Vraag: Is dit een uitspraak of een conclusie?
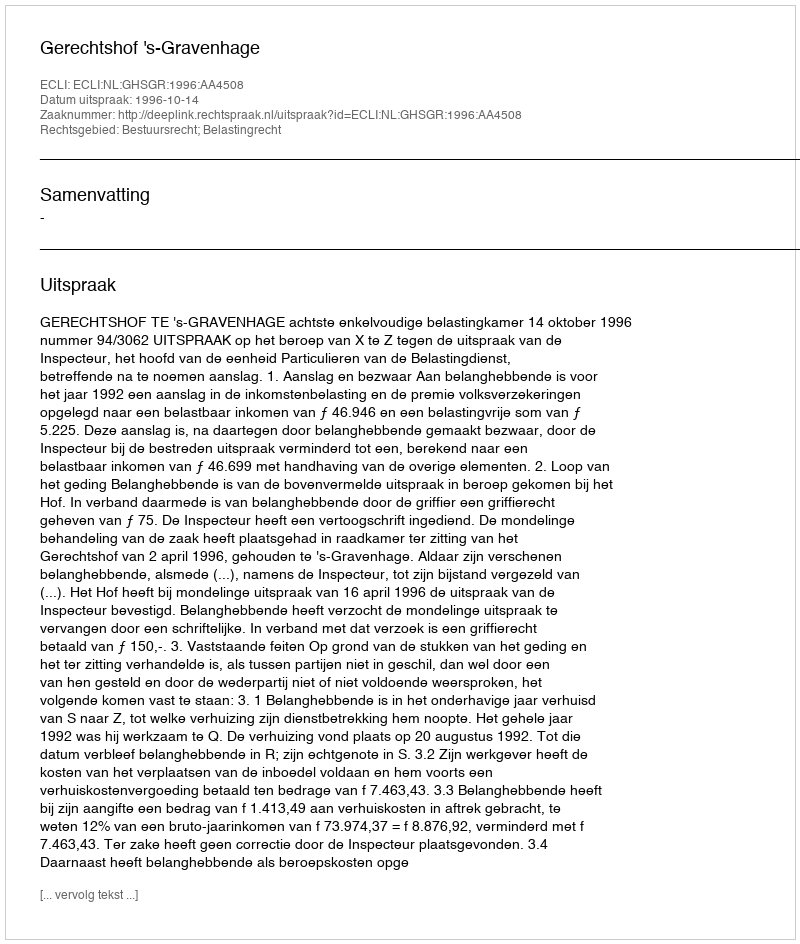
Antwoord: Uitspraak